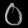
Digit: ၀